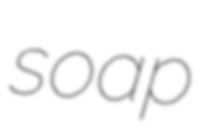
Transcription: soap